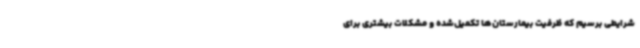
شرایطی برسیم که ظرفیت بیمارستان‌ها تکمیل‌شده و مشکلات بیشتری برای